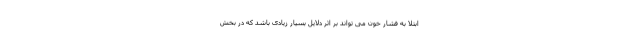
ابتلا به فشار خون می تواند بر اثر دلایل بسیار زیادی باشد که در بخش